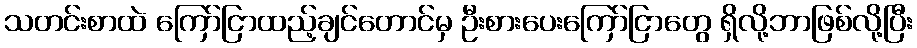
သတင်းစာထဲ ကြော်ငြာထည့်ချင်တောင်မှ ဦးစားပေးကြော်ငြာတွေ ရှိလို့ဘာဖြစ်လို့ပြီး